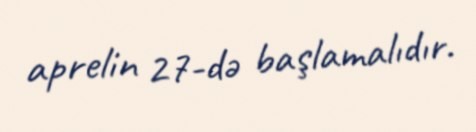
aprelin 27-də başlamalıdır.